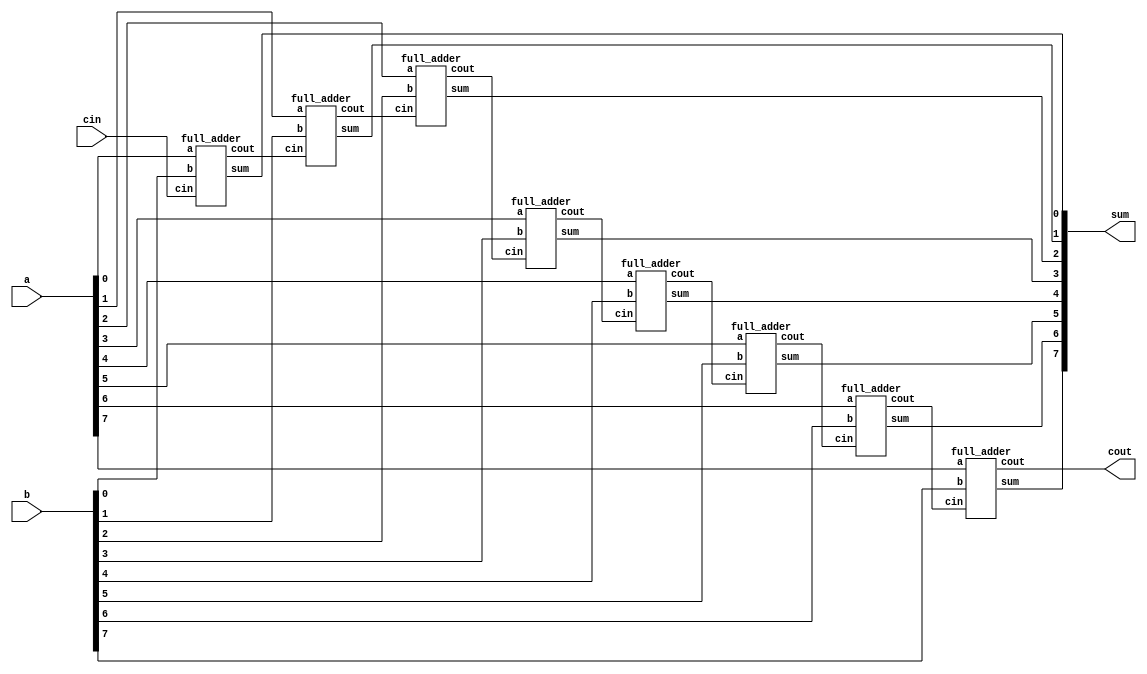
module adder_8bit (
    input wire [7:0] a,
    input wire [7:0] b,
    input wire cin,
    output wire [7:0] sum,
    output wire cout
);

    // Internal wires for the carry bits
    wire [6:0] carry;

    // Instantiate the full adders
    full_adder fa0 (.a(a[0]), .b(b[0]), .cin(cin),    .sum(sum[0]), .cout(carry[0]));
    full_adder fa1 (.a(a[1]), .b(b[1]), .cin(carry[0]), .sum(sum[1]), .cout(carry[1]));
    full_adder fa2 (.a(a[2]), .b(b[2]), .cin(carry[1]), .sum(sum[2]), .cout(carry[2]));
    full_adder fa3 (.a(a[3]), .b(b[3]), .cin(carry[2]), .sum(sum[3]), .cout(carry[3]));
    full_adder fa4 (.a(a[4]), .b(b[4]), .cin(carry[3]), .sum(sum[4]), .cout(carry[4]));
    full_adder fa5 (.a(a[5]), .b(b[5]), .cin(carry[4]), .sum(sum[5]), .cout(carry[5]));
    full_adder fa6 (.a(a[6]), .b(b[6]), .cin(carry[5]), .sum(sum[6]), .cout(carry[6]));
    full_adder fa7 (.a(a[7]), .b(b[7]), .cin(carry[6]), .sum(sum[7]), .cout(cout));

endmodule

// Full adder module definition
module full_adder (
    input wire a,
    input wire b,
    input wire cin,
    output wire sum,
    output wire cout
);
    // Sum is the XOR of the three inputs
    assign sum = a ^ b ^ cin;
    // Carry out is the majority function of the three inputs
    assign cout = (a & b) | (b & cin) | (cin & a);
endmodule